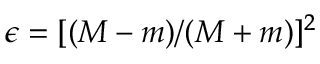
\epsilon = [ ( M - m ) / ( M + m ) ] ^ { 2 }